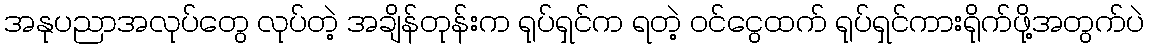
အနုပညာအလုပ်တွေ လုပ်တဲ့ အချိန်တုန်းက ရုပ်ရှင်က ရတဲ့ ဝင်ငွေထက် ရုပ်ရှင်ကားရိုက်ဖို့အတွက်ပဲ